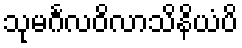
သုမင်္ဂလဝိလာသိနိယံပိ